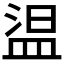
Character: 𰜕